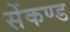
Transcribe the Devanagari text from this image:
सेंकण्ड